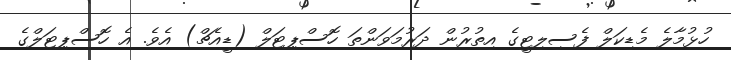
ހުޅުމާލެ މެޑިކަލް ފެސިލިޓީގެ އިތުުރުން ދަރުމަވަންތަ ހޮސްޕިޓަލް (ޑީއެޗް) އެވެ. އެ ހޮސްޕިޓަލްގެ